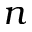
n